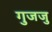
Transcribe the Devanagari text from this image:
गुजजु